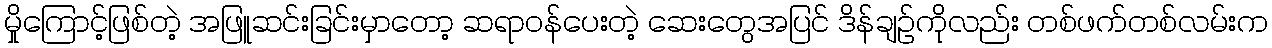
မှိုကြောင့်ဖြစ်တဲ့ အဖြူဆင်းခြင်းမှာတော့ ဆရာဝန်ပေးတဲ့ ဆေးတွေအပြင် ဒိန်ချဉ်ကိုလည်း တစ်ဖက်တစ်လမ်းက